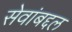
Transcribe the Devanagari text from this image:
सेवांबद्दल